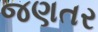
જણતર